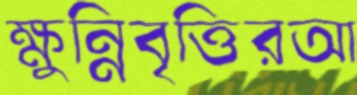
ক্ষুন্নিবৃত্তিরআ